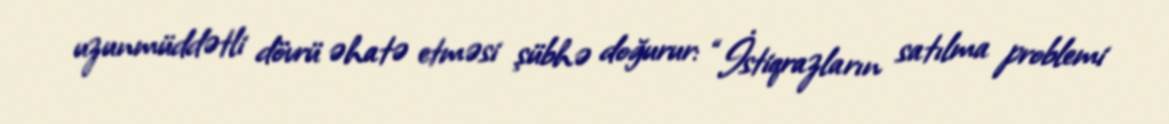
uzunmüddətli dövrü əhatə etməsi şübhə doğurur: “İstiqrazların satılma problemi